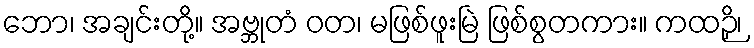
ဘော၊ အချင်းတို့။ အဗ္ဘုတံ ဝတ၊ မဖြစ်ဖူးမြဲ ဖြစ်စွတကား။ ကထဉှိ၊